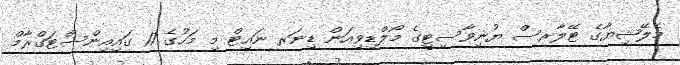
މެލޭޝިޔާގެ ޓޭލާރސް ޔުނިވާސިޓީގެ މޯލްޑިވިއަން ޑިނަރ ނައިޓް މި މަހުގެ 17 ގައިއިންސްޓަގްރާމް